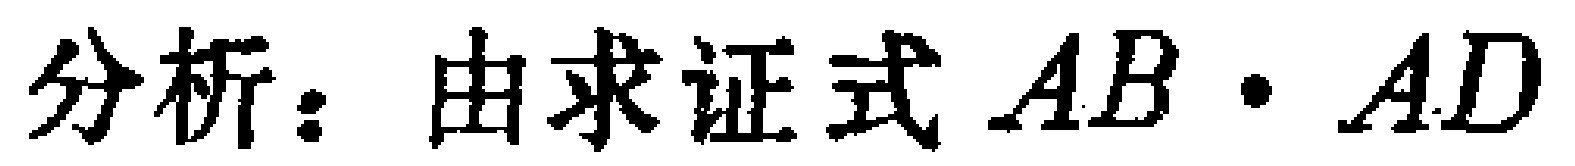
分析：由求证式 \(AB\cdot AD\)